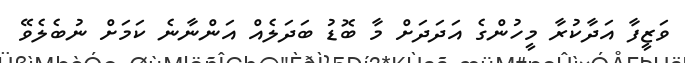
ވަޒީފާ އަދާކުރާ މީހުންގެ އަދަދަށް މާ ބޮޑު ބަދަލެއް އަންނާނެ ކަމަށް ނުބެލެވޭ